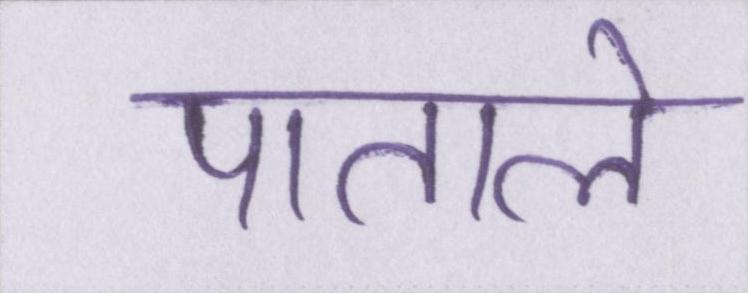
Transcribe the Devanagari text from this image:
पाताले